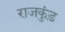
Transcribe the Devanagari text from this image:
राजकुंड़